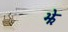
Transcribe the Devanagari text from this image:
झे